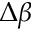
\Delta \beta